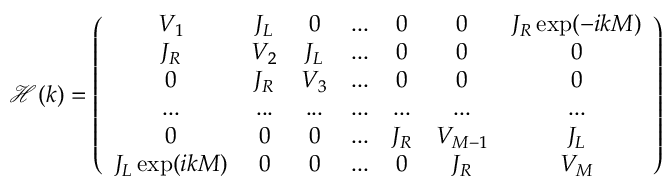
\mathcal { H } ( k ) = \left( \begin{array} { c c c c c c c } { V _ { 1 } } & { J _ { L } } & { 0 } & { . . . } & { 0 } & { 0 } & { J _ { R } \exp ( - i k M ) } \\ { J _ { R } } & { V _ { 2 } } & { J _ { L } } & { . . . } & { 0 } & { 0 } & { 0 } \\ { 0 } & { J _ { R } } & { V _ { 3 } } & { . . . } & { 0 } & { 0 } & { 0 } \\ { . . . } & { . . . } & { . . . } & { . . . } & { . . . } & { . . . } & { . . . } \\ { 0 } & { 0 } & { 0 } & { . . . } & { J _ { R } } & { V _ { M - 1 } } & { J _ { L } } \\ { J _ { L } \exp ( i k M ) } & { 0 } & { 0 } & { . . . } & { 0 } & { J _ { R } } & { V _ { M } } \end{array} \right)